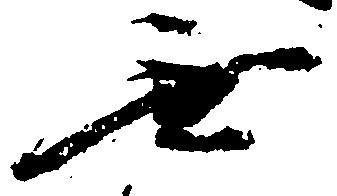
無